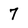
Character: 7